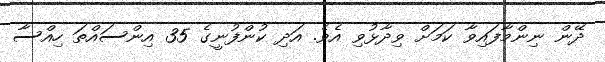
ދޭން ނިންމާފައިވާ ކަމަށް ވިދާޅުވި އެވެ. އަދި ކުންފުނީގެ 35 އިންސައްތަ ހިއްސާ